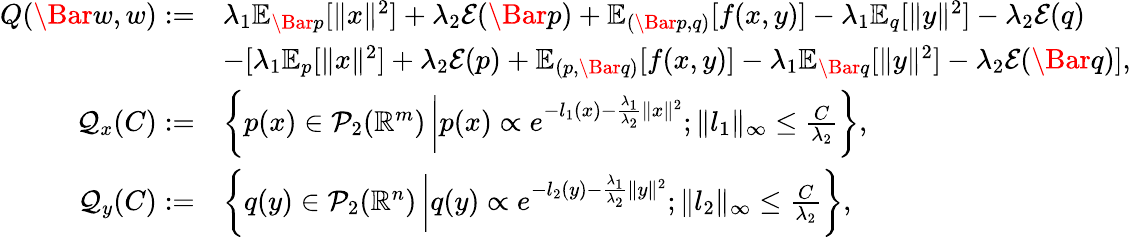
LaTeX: \begin{array}{rl}{Q(\Bar{w},w):=}&{\lambda_{1}\mathbb{E}_{\Bar{p}}[\| x\| ^{2}]+\lambda_{2}{\cal E}(\Bar{p})+\mathbb{E}_{(\Bar{p},q)}[f(x,y)]-\lambda_{1}\mathbb{E}_{q}[\| y\| ^{2}]-\lambda_{2}{\cal E}(q)}\\ &{-[\lambda_{1}\mathbb{E}_{p}[\| x\| ^{2}]+\lambda_{2}{\cal E}(p)+\mathbb{E}_{(p,\Bar{q})}[f(x,y)]-\lambda_{1}\mathbb{E}_{\Bar{q}}[\| y\| ^{2}]-\lambda_{2}{\cal E}(\Bar{q})],}\\ {{\cal Q}_{x}(C):=}&{\left\{ p(x)\in\mathcal{P}_{2}(\mathbb{R}^{m})\left|p(x)\propto e^{-l_{1}(x)-\frac{\lambda_{1}}{\lambda_{2}}\| x\| ^{2}};\| l_{1}\| _{\infty}\leq\frac{C}{\lambda_{2}}\right.\right\} ,}\\ {{\cal Q}_{y}(C):=}&{\left\{ q(y)\in{\cal P}_{2}(\mathbb{R}^{n})\left|q(y)\propto e^{-l_{2}(y)-\frac{\lambda_{1}}{\lambda_{2}}\| y\| ^{2}};\| l_{2}\| _{\infty}\leq\frac{C}{\lambda_{2}}\right.\right\} ,}\end{array}